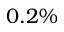
0 . 2 \%